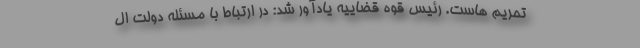
تحریم هاست. رئیس قوه قضاییه یادآور شد: در ارتباط با مسئله دولت ال